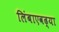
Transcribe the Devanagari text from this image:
लिंबाएवढ्या